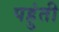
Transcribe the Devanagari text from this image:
पहुंती